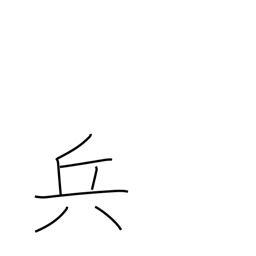
Meaning: strategy